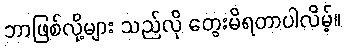
ဘာဖြစ်လို့များ သည်လို တွေးမိရတာပါလိမ့်။